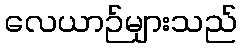
လေယာဉ်များသည်